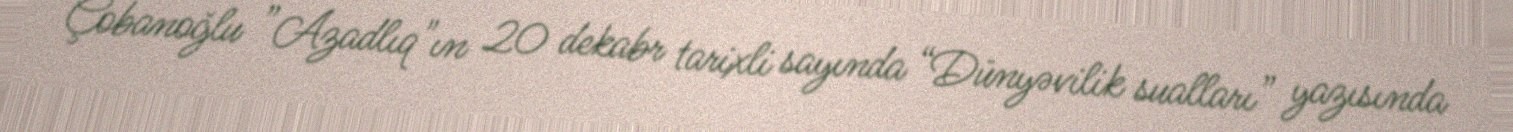
Çobanoğlu ”Azadlıq"ın 20 dekabr tarixli sayında “Dünyəvilik sualları” yazısında